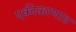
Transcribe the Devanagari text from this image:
एकीकरणात